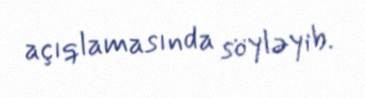
açıqlamasında söyləyib.